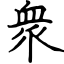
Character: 衆